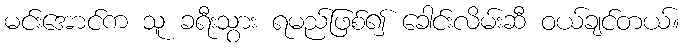
မင်းအောင်က သူ ခရီးသွား ရမည်ဖြစ်၍ ခေါင်းလိမ်းဆီ ဝယ်ချင်တယ်။